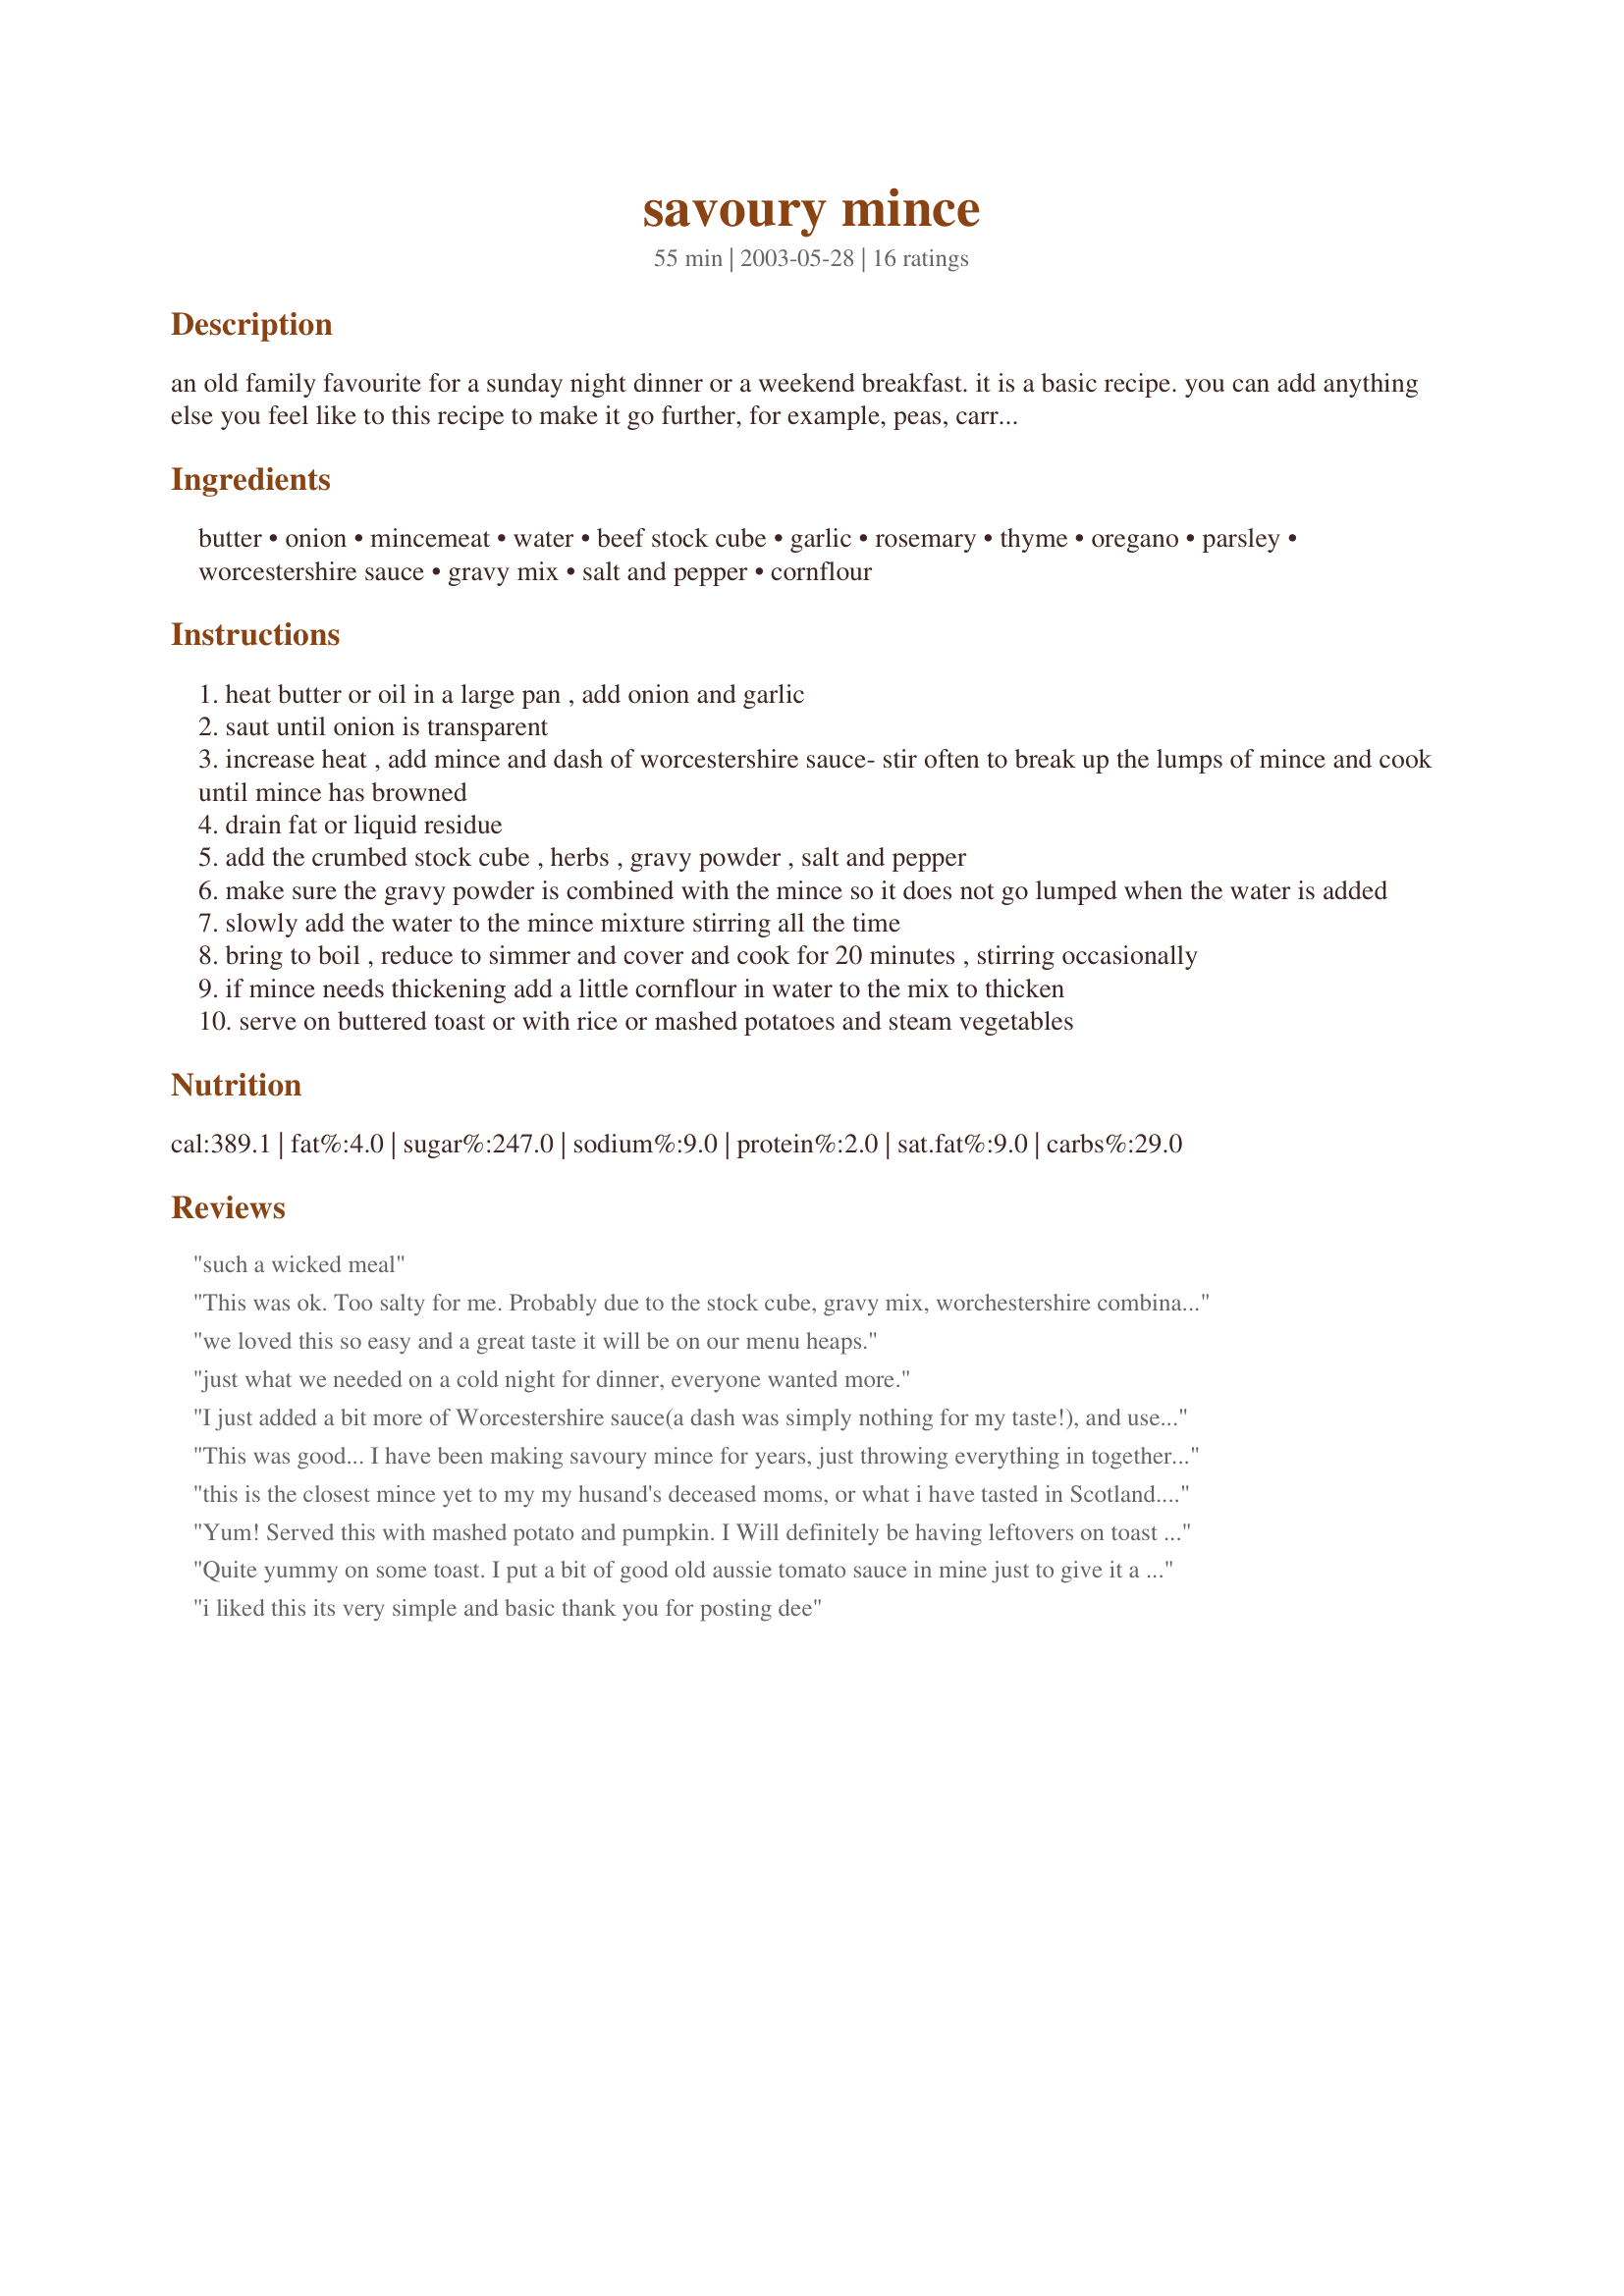
savoury mince
Preparation time: 55 minutes

an old family favourite for a sunday night dinner or a weekend breakfast. it is a basic recipe. you can add anything else you feel like to this recipe to make it go further, for example, peas, carrots or beans.

Ingredients:
butter, onion, mincemeat, water, beef stock cube, garlic, rosemary, thyme, oregano, parsley, worcestershire sauce, gravy mix, salt and pepper, cornflour

Steps:
heat butter or oil in a large pan , add onion and garlic
saut until onion is transparent
increase heat , add mince and dash of worcestershire sauce- stir often to break up the lumps of mince and cook until mince has browned
drain fat or liquid residue
add the crumbed stock cube , herbs , gravy powder , salt and pepper
make sure the gravy powder is combined with the mince so it does not go lumped when the water is added
slowly add the water to the mince mixture stirring all the time
bring to boil , reduce to simmer and cover and cook for 20 minutes , stirring occasionally
if mince needs thickening add a little cornflour in water to the mix to thicken
serve on buttered toast or with rice or mashed potatoes and steam vegetables

Reviews:
such a wicked meal
This was ok. Too salty for me. Probably due to the stock cube, gravy mix, worchestershire combination. It was very easy to make and was good for a quick meal but I doubt I will be making this again. I am just not a salt person. Mike said it was good and ate my leftover.
we loved this so easy and a great taste it will be on our menu heaps.
just what we needed on a cold night for dinner, everyone wanted more.
I just added a bit more of Worcestershire sauce(a dash was simply nothing for my taste!), and used fresh herbs, also a bit more than a pinch..
Simply tasty and with a truly wonderful smell when I removed it from fire. My husband was raving about it, even without tasting!! Thanks for sharing this recipe with us!
This was good... I have been making savoury mince for years, just throwing everything in together which was ok but this seemed to come together nicely... I used fresh rosemary and fresh parsley... I also thought it needed a little more worcestershire sauce and of course, about 1 tblspn ketchup. Easy and great on toast for breakfast...
this is the closest mince yet to my my husand's deceased moms, or what i have tasted in Scotland.
used 1 clove roasted garlic-1tsp better than bullion-1tsp Au jus gravy mix.
himself said "this is the best yet"
Yum! Served this with mashed potato and pumpkin. I Will definitely be having leftovers on toast for breakfast.
Quite yummy on some toast. I put a bit of good old aussie tomato sauce in mine just to give it a very suttle tomatoey tang.
 i liked this its very simple and basic thank you for posting dee
Oh so easy and very tasty. Thanks so much.
I added aubergine (had one to use up) and cooked for longer than the time specified - Very nice thanks!
I used 500g pork mince added 1 carrot and 1 celery stick 1/2 tsp of all herbs + 1 extra oxo + extra garlic clove +tbs Worcester, added cornflour to thicken, and it turn out great. Will definitely make again.
I swapped the beef for lamb mince as my daughter is allergic to cows. I added minced ginger, tumeric, paprika and cumin, mixed frozen vegetables and soy sauce as I didn't have worcestershire. YUM! Thanks for this recipe as I don't usually add gravy mix or stock cube which really added the right flavours. thanks again!
Made pretty much as written, doubled everything, and used more water and Gravox supreme gravy mix. made enough for about 20 rolls, which sold very quickly at the tuckshop! Thanks Chrissyo
Very nice. I added mushrooms and served it on top of toast with a fried egg on top. Yum
